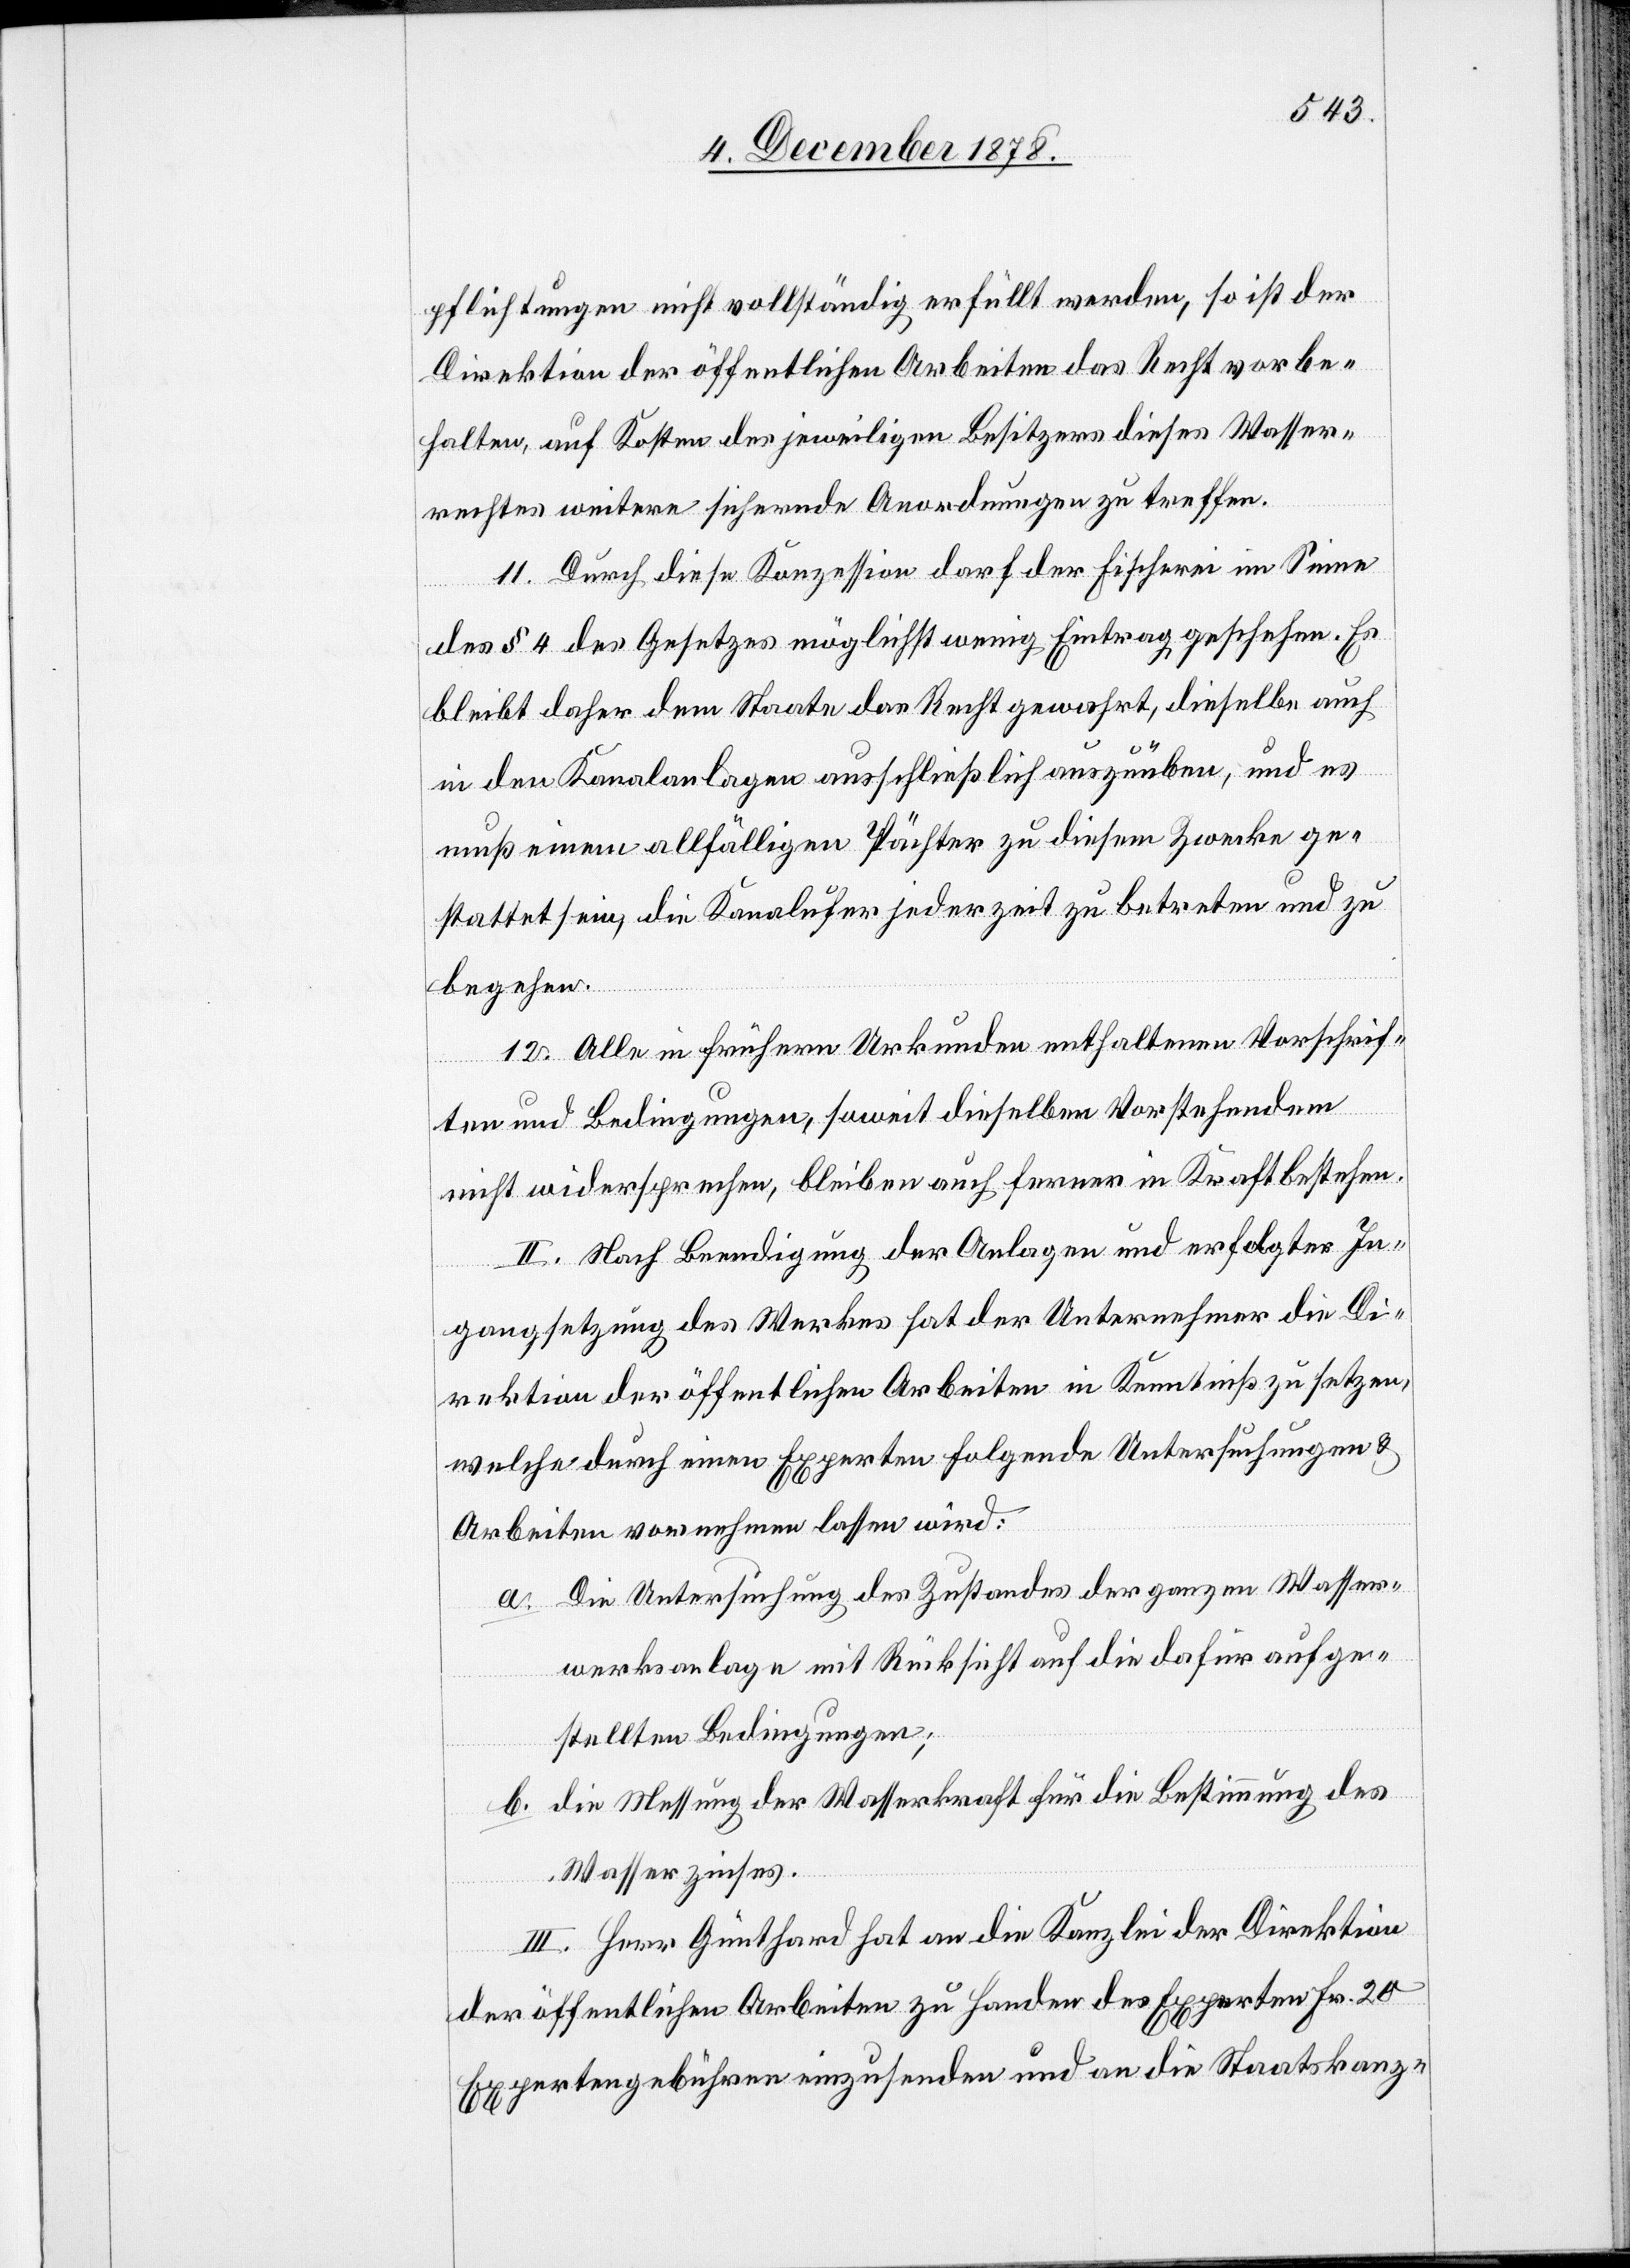
pflichtungen nicht vollständig erfüllt werden, so ist der
Direktion der öffentlichen Arbeiten das Recht vorbe¬
halten, auf Kosten des jeweiligen Besitzers dieses Wasser¬
rechtes weitere sichernde Anordnungen zu treffen.
11. Durch diese Konzession darf der Fischerei im Sinne
des § 4 des Gesetzes möglichst wenig Eintrag geschehen. Es
bleibt daher dem Staate das Recht gewahrt, dieselbe auch
in den Kanalanlagen ausschließich auszuüben, und es
muß einem allfälligen Pächter zu diesem Zwecke ge¬
stattet sein, die Kanalufer jederzeit zu betreten und zu
begehen.
12. Alle in frühern Urkunden enthaltenen Vorschrif¬
ten und Bedingungen, soweit dieselben Vorstehendem
nicht widersprechen, bleiben auch ferner in Kraft bestehen.
II. Nach Beendigung der Anlagen und erfolgter In¬
gangsetzung des Werkes hat der Unternehmer die Di¬
rektion der öffentlichen Arbeiten in Kenntniß zu setzen,
welche durch einen Experten folgende Untersuchungen &
Arbeiten vornehmen lassen wird:
a. Die Untersuchung des Zustandes der ganzen Wasser¬
werksanlage mit Rücksicht auf die dafür aufge¬
stellten Bedingungen;
b. die Messung der Wasserkraft für die Bestimmung des
Wasserzinses.
III. Herr Günthard hat an die Kanzlei der Direktion
der öffentlichen Arbeiten zu Handen des Experten Fr. 20
Expertengebühren einzusenden und an die Staatskanz-